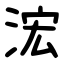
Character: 浤